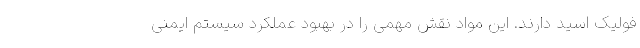
فولیک اسید دارند. این مواد نقش مهمی را در بهبود عملکرد سیستم ایمنی